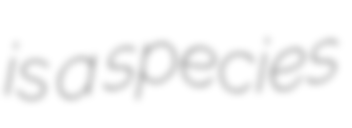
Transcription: is a species